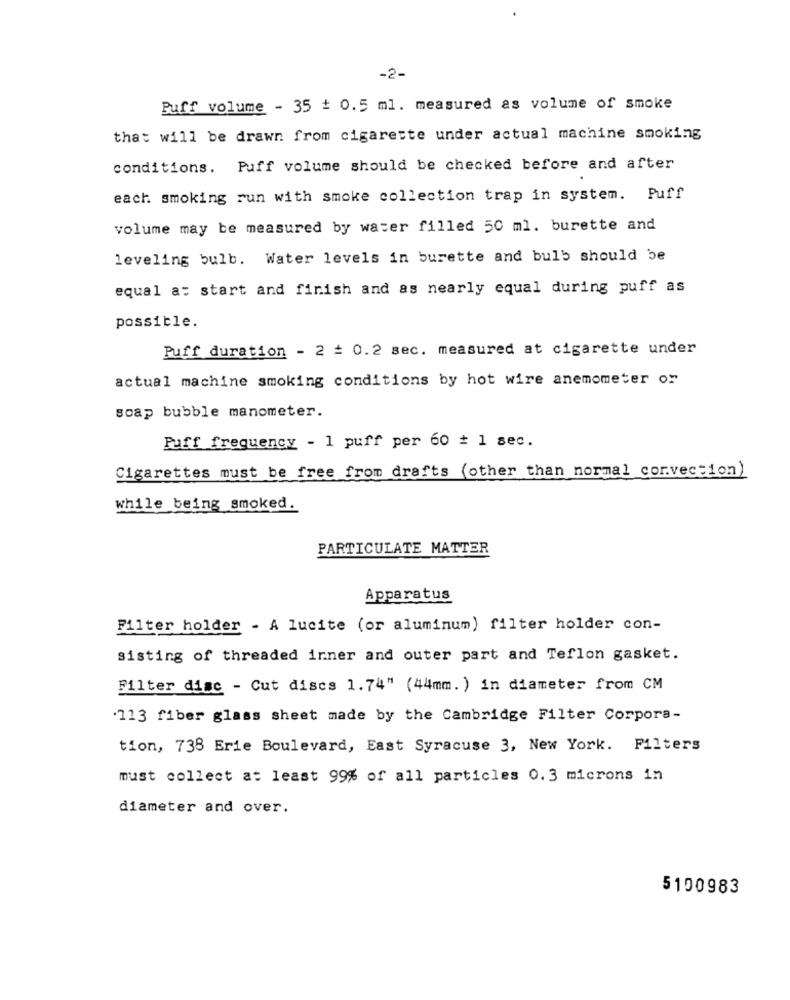
-2-
Puff volume - 35 + 0.5 ml. measured as volume of smoke
that will be drawn from cigarette under actual machine smoking
conditions. Puff volume should be checked before and after
each smoking run with smoke collection trap in system. Puff
volume may be measured by water filled 50 ml. burette and
leveling bulb. Water levels in burette and bulb should be
equal a: start and finish and as nearly equal during puff as
possible.
Puff duration - 2 = 0.2 sec. measured at cigarette under
actual machine smoking conditions by hot wire anemometer or
soap bubble manometer.
Puff frequency - 1 puff per 60 + 1 sec.
Cigarettes must be free from drafts (other than normal corvection)
while being smoked.
PARTICULATE MATTER
Apparatus
Filter holder - A lucite (or aluminum) filter holder con-
sisting of threaded inner and outer part and Teflon gasket.
Filter disc - Cut discs 1.74" (44mm. ) in diameter from CM
.113 fiber glass sheet made by the Cambridge Filter Corpora-
tion, 738 Erie Boulevard, East Syracuse 3, New York. Filters
must collect at least 99% of all particles 0.3 microns in
diameter and over.
5100983